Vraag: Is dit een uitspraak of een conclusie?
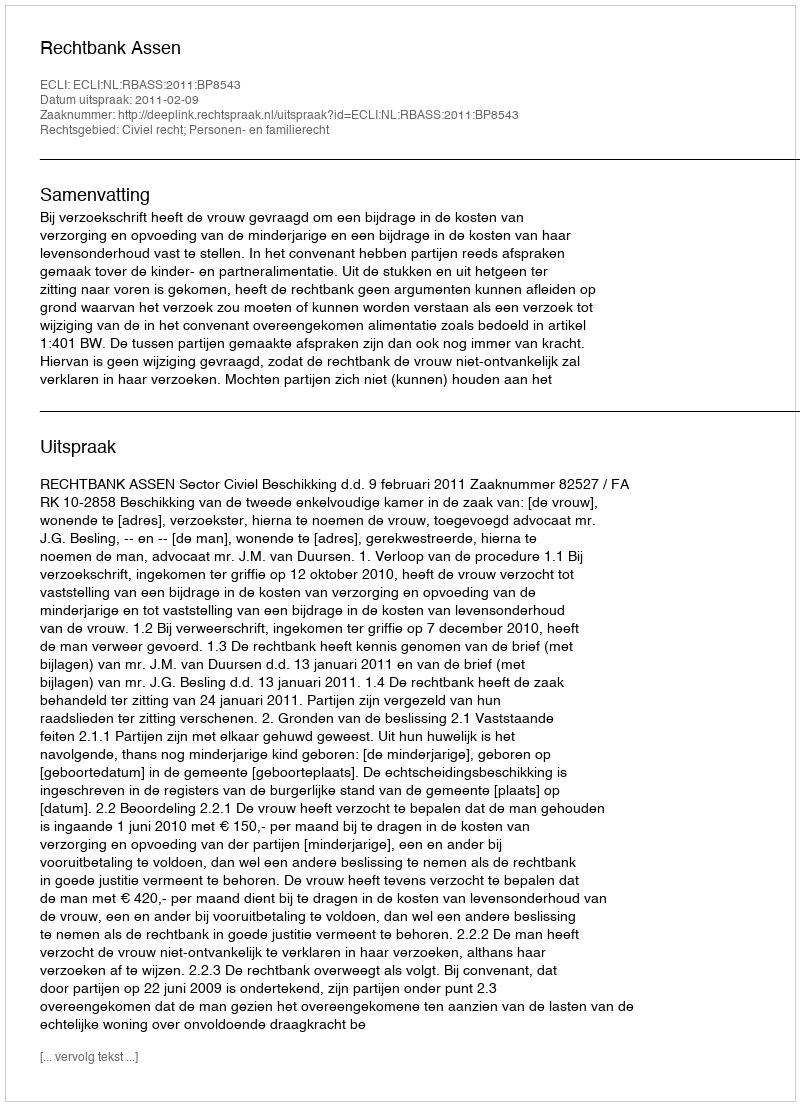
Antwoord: Uitspraak